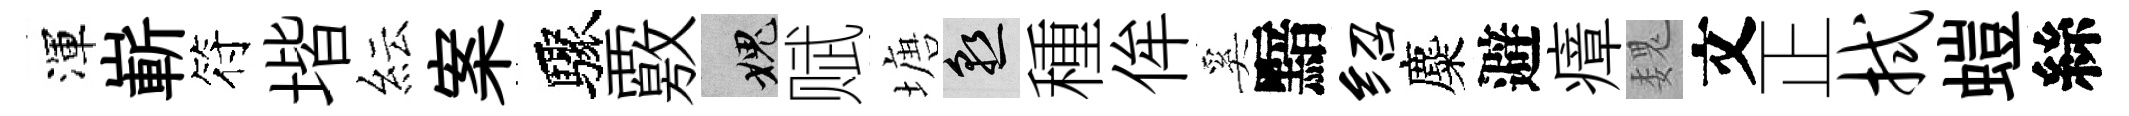
渾嶄符堦紜案驟覈愧赋塘熟種侔奚黯绍麋避瘴魏文正拭螘絲